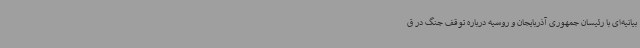
بیانیه‌ای با رئیسان جمهوری آذربایجان و روسیه درباره توقف جنگ در ق